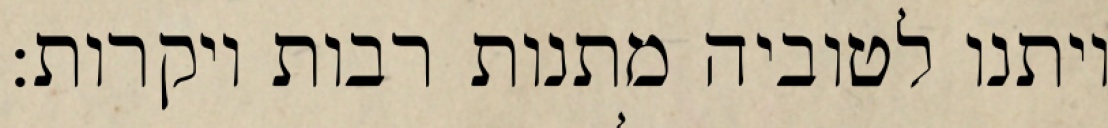
ויתנו לטוביה מתנות רבות ויקרות: